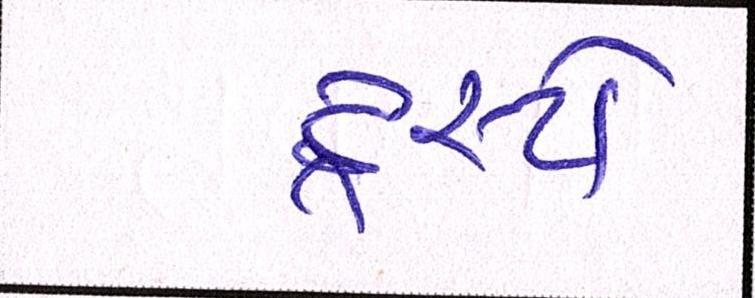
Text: ટ્રસ્ટો